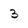
Character: 3